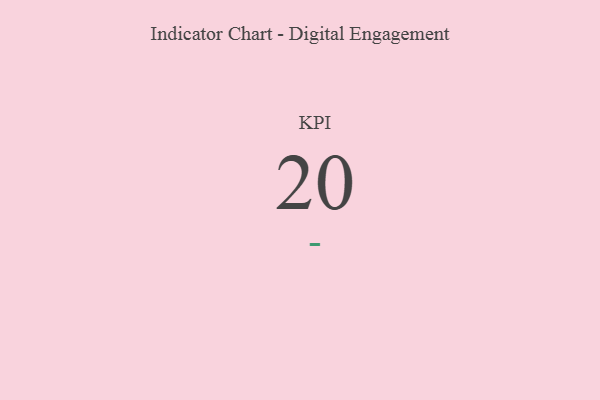
{"axis": {"x": "KPI", "y": "Value"}, "legend": [""], "data": [{"x": "KPI", "y": 20, "type": ""}]}